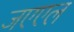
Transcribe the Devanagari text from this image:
जएएल